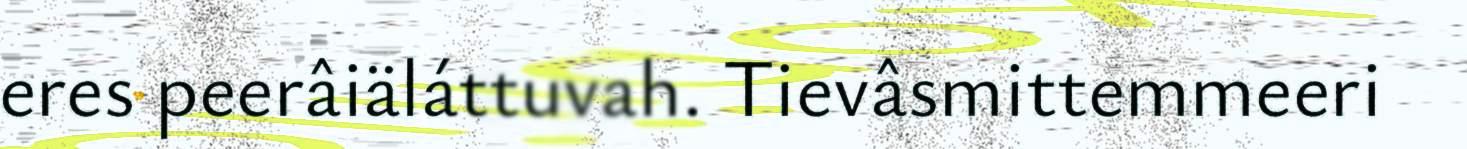
eres peerâiäláttuvah. Tievâsmittemmeeri